Tezpur Lunatic Asylum reports 1895-1904 - 1895-1904
Year: 1895
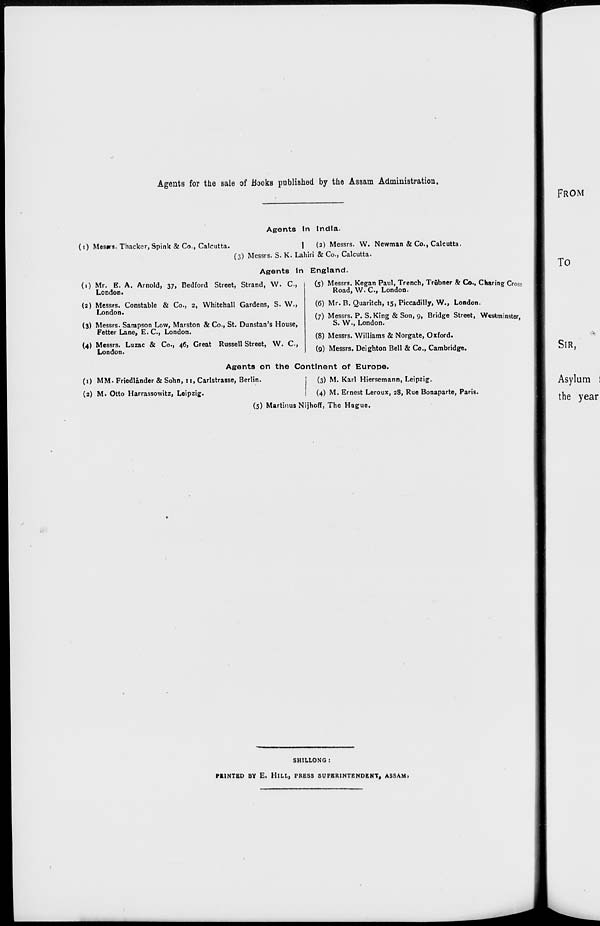
Agents for the sale of Hooks published by the Assam Administration.
Agents In India.
(i) Mesrs. Thacker, Spink & Co., Calcutta.
I
(2) Messrs. W. Newman & Co., Calcutta.
(3) Messrs. S. K. Lahiri & Co., Calcutta.
Agents In England.
(1) Mr. E. A. Arnold, 37, Bedford Street, Strand, W. C,
London*
(a) Messrs. Constable & Co., 2, Whitehall Gardens, S. W.,
London.
(3) Messrs. Sampson Low, Marston & Co., St. Dunstan's House,
Fetter Lane, E. C. London.
(4) Messrs. Luzac & Co., 46, Great Russell Street, W. C,
London.
(5) Messrs. Kegan Paul, Trench, Trubner & Co., Charing Cross
Road, W. C, London.
(6) Mr. B. Quaritch, 15, Piccadilly, W., London.
(7) Messrs. P. S. King & Son, 9, Bridge Street, Westminster,
S. W., London.
(8) Messrs. Williams & Norgate, Oxford.
(9) Messrs. Deighton Bell & Co., Cambridge.
Agents on the Continent of Europe.
(1) MM. Friedlander & Sohn, 11, Carlstrasse, Berlin.
(2) M. Otto Harrassowitz, Leipzig.
(3) M. Karl Hiersemann, Leipzig.
(4) M. Ernest Leroux, 28, Rue Bonaparte, Paris.
(5) Martinus Nijhoff, The Hague.
SH1LLONG :
PRINTED BY E. IIlLI., PRESS SUPERINTENDENT, ASSAM*